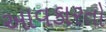
આવકારતો